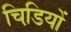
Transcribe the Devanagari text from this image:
चिडि़यों